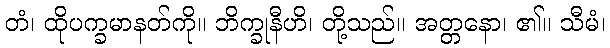
တံ၊ ထိုပက္ခမာနတ်ကို။ ဘိက္ခုနီဟိ၊ တို့သည်။ အတ္တနော၊ ၏။ သီမံ၊